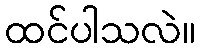
ထင်ပါသလဲ။